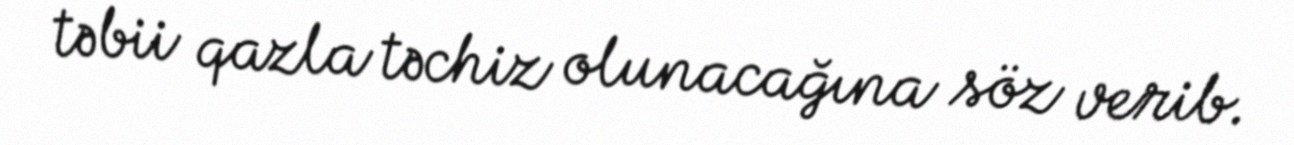
təbii qazla təchiz olunacağına söz verib.